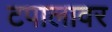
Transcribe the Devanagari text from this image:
टपालावर